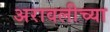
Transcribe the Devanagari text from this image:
अरावलीच्या